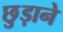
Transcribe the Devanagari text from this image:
छु़ड़ाने